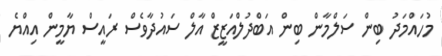
މުހައްމަދު ބިން ސަލްމާން ބިން އަބްދުލްއަޒީޒް އާލް ސައުދާވެސް ރައީސް ޔާމީން އިއްޔެ